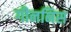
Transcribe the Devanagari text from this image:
गीननिस